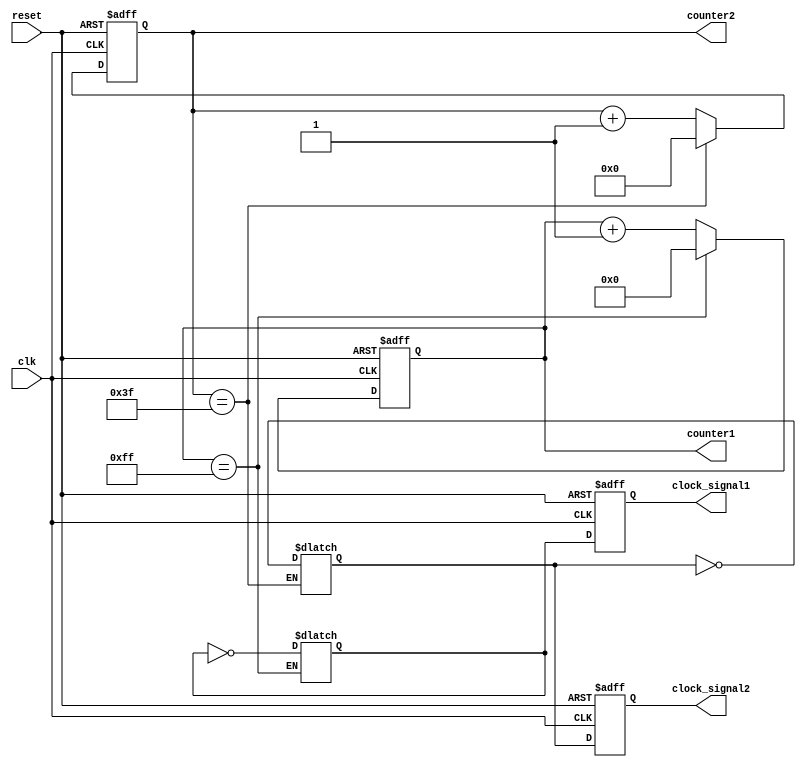
module multirate_timer (
    input wire clk,
    input wire reset,
    output reg [7:0] counter1,
    output reg [5:0] counter2,
    output reg clock_signal1,
    output reg clock_signal2
);
    
reg [7:0] counter1_next;
reg [5:0] counter2_next;
reg clock_signal1_next;
reg clock_signal2_next;

always @(posedge clk or posedge reset) begin
    if (reset) begin
        counter1 <= 8'b0;
        counter2 <= 6'b0;
        clock_signal1 <= 1'b0;
        clock_signal2 <= 1'b0;
    end else begin
        counter1 <= counter1_next;
        counter2 <= counter2_next;
        clock_signal1 <= clock_signal1_next;
        clock_signal2 <= clock_signal2_next;
    end
end

always @(*) begin
    if (counter1 == 8'hFF) begin
        counter1_next = 8'b0;
        clock_signal1_next = ~clock_signal1_next;
    end else begin
        counter1_next = counter1 + 1;
    end
    
    if (counter2 == 6'h3F) begin
        counter2_next = 6'b0;
        clock_signal2_next = ~clock_signal2_next;
    end else begin
        counter2_next = counter2 + 1;
    end
end

endmodule